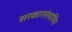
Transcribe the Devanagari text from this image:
सरकारसंचालित